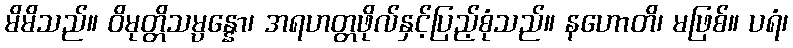
မိမိသည်။ ဝိမုတ္တိသမ္ပန္နော၊ အရဟတ္တဖိုလ်နှင့်ပြည့်စုံသည်။ နဟောတိ၊ မဖြစ်။ ပရံ၊